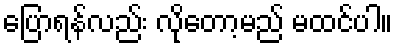
ပြောရန်လည်း လိုတော့မည် မထင်ပါ။